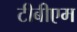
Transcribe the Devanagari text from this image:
टीबीएम